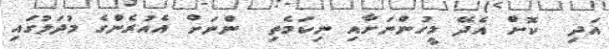
އަދި  ކޮށް އެދޭ މީހުންނަށާއި ނިކަމެތި  ންނަށް އެއުރެންގެ މުދަލުގައި